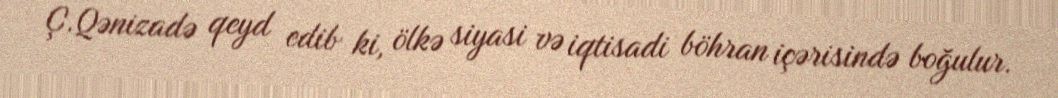
Ç.Qənizadə qeyd edib ki, ölkə siyasi və iqtisadi böhran içərisində boğulur.